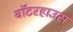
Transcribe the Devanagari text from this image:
वॉटरहाउस